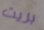
بريت